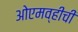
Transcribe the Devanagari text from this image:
ओएमव्हीची